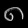
Digit: ၈